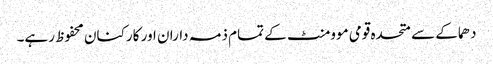
دھماکے سے متحدہ قومی موومنٹ کے تمام ذمہ داران اور کارکنان محفوظ رہے۔